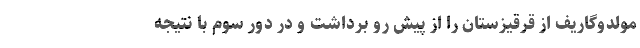
مولدوگاریف از قرقیزستان را از پیش رو برداشت و در دور سوم با نتیجه